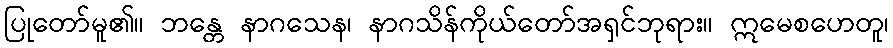
ပြုတော်မူ၏။ ဘန္တေ နာဂသေန၊ နာဂသိန်ကိုယ်တော်အရှင်ဘုရား။ ဣမေစဟေတူ၊